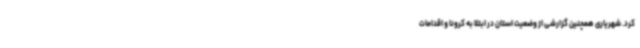
کرد. شهریاری همچنین گزارشی از وضعیت استان در ابتلا به کرونا و اقدامات